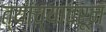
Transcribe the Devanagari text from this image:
त्यांच्यावरून